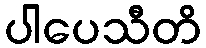
ပါပေသီတိ